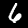
Digit: 6